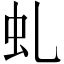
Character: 虬